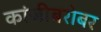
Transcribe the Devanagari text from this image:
कांजीबरोबर